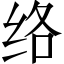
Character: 络